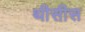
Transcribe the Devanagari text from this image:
थीसीस